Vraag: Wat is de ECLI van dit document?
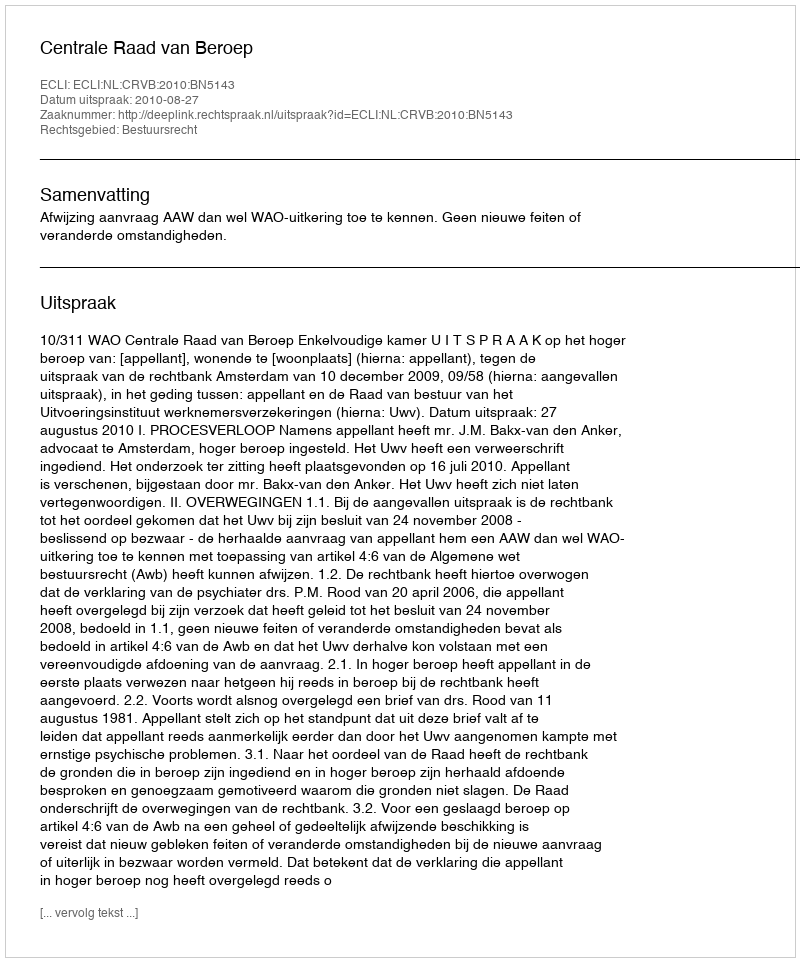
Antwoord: ECLI:NL:CRVB:2010:BN5143